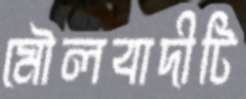
মৌলবাদীটি